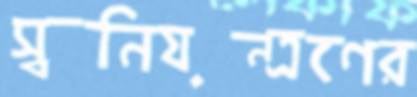
স্বনিয়ন্ত্রণের